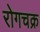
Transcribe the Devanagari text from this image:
रोगचक्र